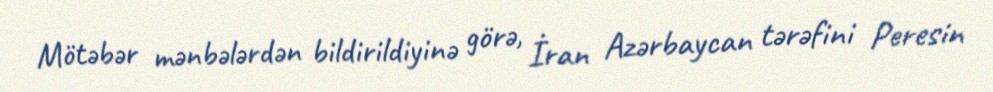
Mötəbər mənbələrdən bildirildiyinə görə, İran Azərbaycan tərəfini Peresin